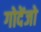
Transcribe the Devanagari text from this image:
गोदेंजो